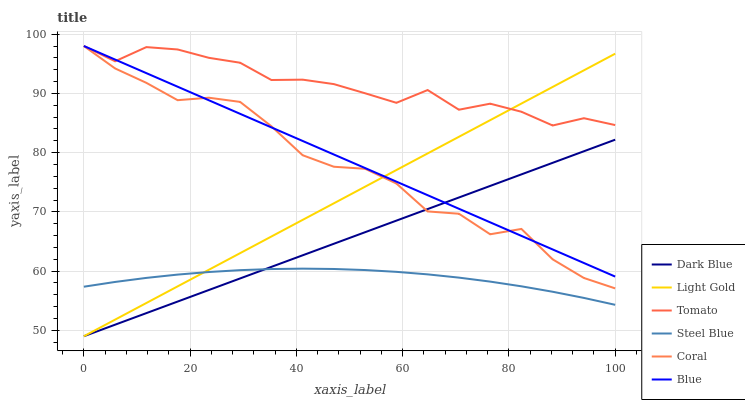
| xaxis_label | Dark Blue | Light Gold | Tomato | Steel Blue | Coral | Blue |
 | --- | --- | --- | --- | --- | --- | --- |
 | 0 | 49 | 49 | 98 | 57.4 | 98 | 98 |
 | 5.88 | 51 | 51.8 | 95.4 | 58.2 | 94.2 | 95.7 |
 | 11.8 | 52.9 | 54.6 | 97.8 | 58.9 | 91.8 | 93.4 |
 | 17.6 | 54.9 | 57.4 | 97.4 | 59.4 | 88.9 | 91.1 |
 | 23.5 | 56.8 | 60.2 | 96 | 59.8 | 89.3 | 88.8 |
 | 29.4 | 58.8 | 63 | 95.2 | 60.2 | 88.6 | 86.6 |
 | 35.3 | 60.7 | 65.8 | 92.3 | 60.3 | 84.5 | 84.3 |
 | 41.2 | 62.7 | 68.6 | 92.3 | 60.4 | 79.6 | 82 |
 | 47.1 | 64.6 | 71.4 | 91.6 | 60.4 | 77.6 | 79.7 |
 | 52.9 | 66.6 | 74.3 | 90 | 60.2 | 77.3 | 77.4 |
 | 58.8 | 68.5 | 77.1 | 88.4 | 59.9 | 74.8 | 75.1 |
 | 64.7 | 70.5 | 79.9 | 90.6 | 59.4 | 70.1 | 72.8 |
 | 70.6 | 72.4 | 82.7 | 87.2 | 58.9 | 69.7 | 70.5 |
 | 76.5 | 74.4 | 85.5 | 88.3 | 58.2 | 66.2 | 68.2 |
 | 82.4 | 76.3 | 88.3 | 86.9 | 57.4 | 67.1 | 65.9 |
 | 88.2 | 78.3 | 91.1 | 84.6 | 56.5 | 62 | 63.7 |
 | 94.1 | 80.2 | 93.9 | 85.8 | 55.5 | 58.8 | 61.4 |
 | 100 | 82.2 | 96.7 | 84.7 | 54.3 | 57.1 | 59.1 |